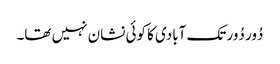
دُور دُور تک آبادی کا کوئی نشان نہیں تھا۔